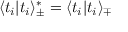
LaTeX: \langle t _ { i } | t _ { i } \rangle _ { \pm } ^ { * } = \langle t _ { i } | t _ { i } \rangle _ { \mp }